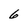
Character: 6